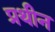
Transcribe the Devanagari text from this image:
प्रथीन